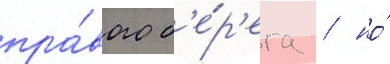
пра́вого б'е́р'ега / но́